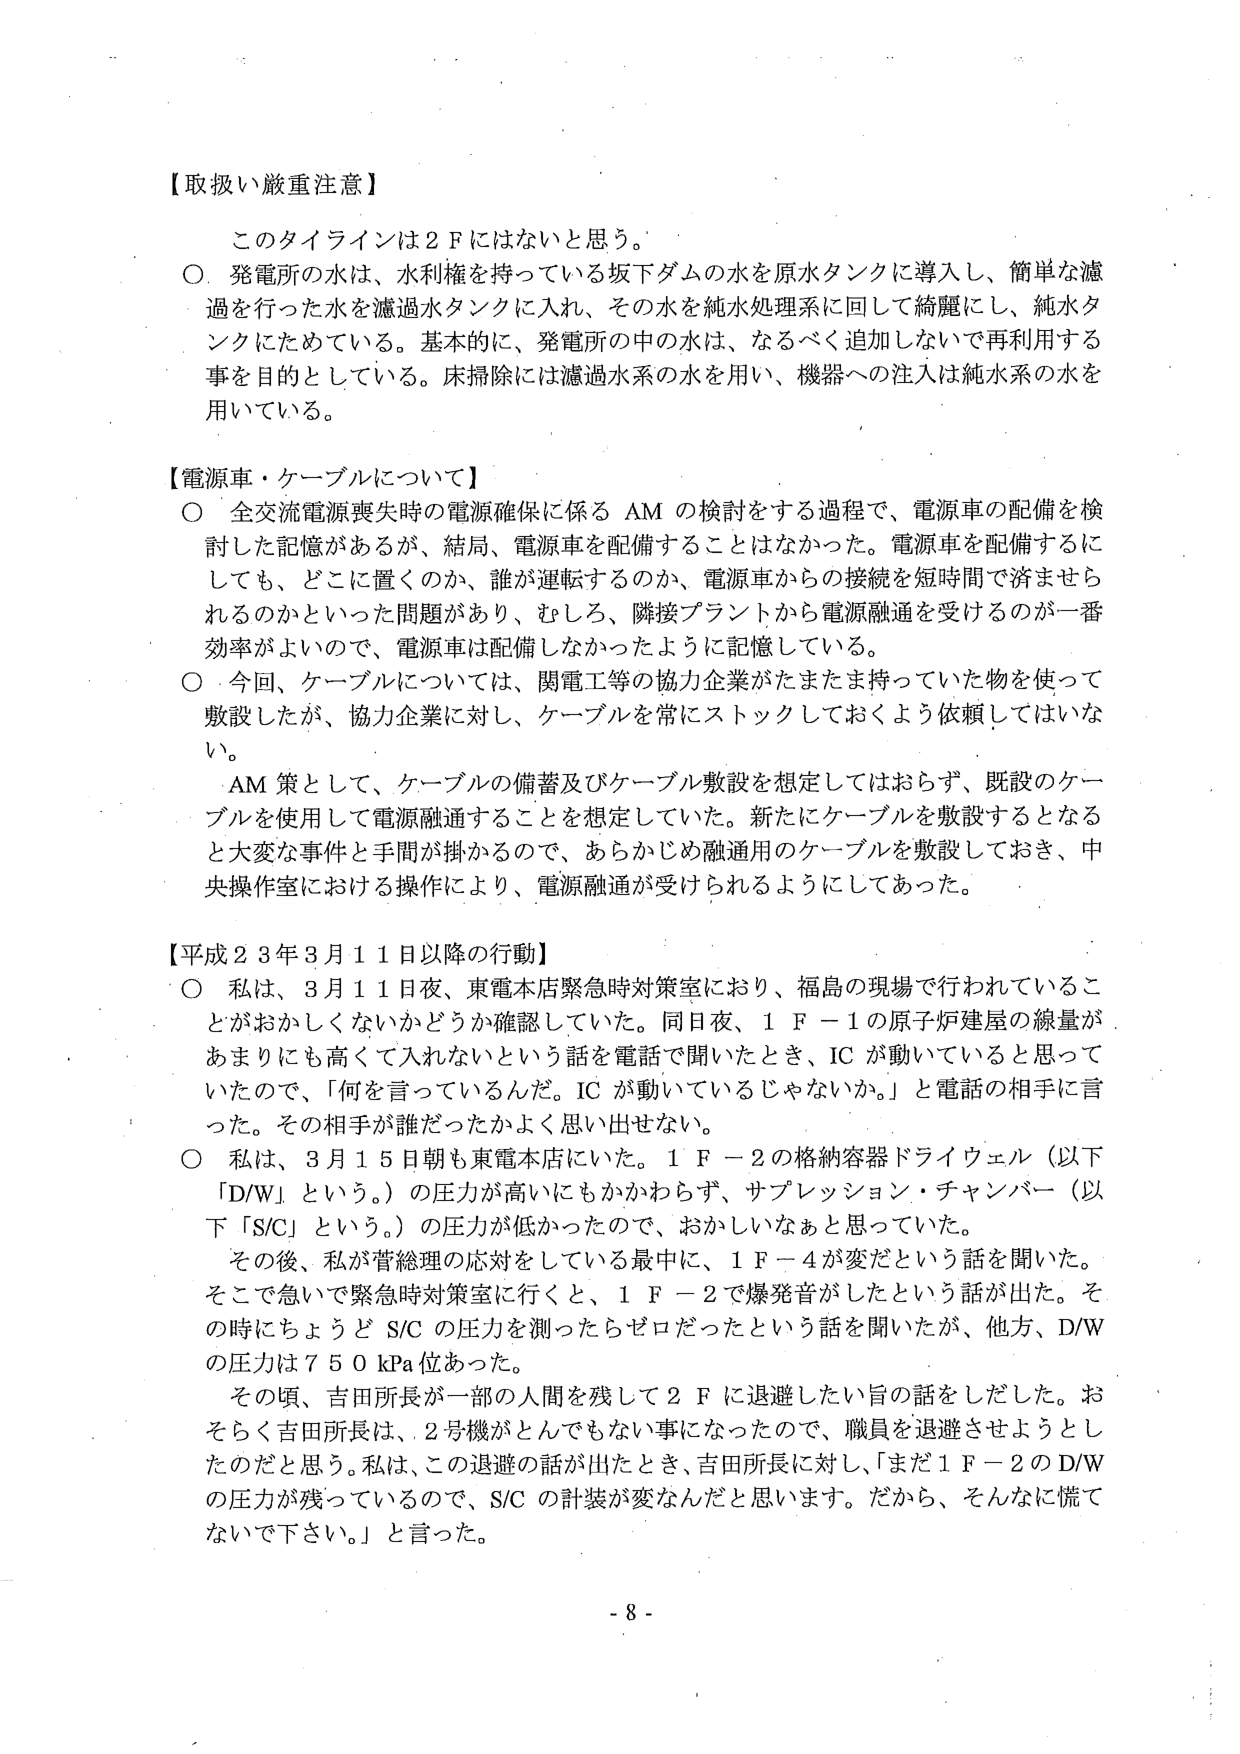
【取扱い厳重注意】

このタイラインは２Ｆにはないと思う。

○ 発電所の水は、水利権を持っている坂下ダムの水を原水タンクに導入し、簡単な濾過を行った水を濾過水タンクに入れ、その水を純水処理系に回して綺麗にし、純水タンクにためている。基本的に、発電所の中の水は、なるべく追加しないで再利用する事を目的としている。床掃除には濾過水系の水を用い、機器への注入は純水系の水を用いている。

【電源車・ケーブルについて】

○ 全交流電源喪失時の電源確保に係る AM の検討をする過程で、電源車の配備を検討した記憶があるが、結局、電源車を配備することはなかった。電源車を配備するにしても、どこに置くのか、誰が運転するのか、電源車からの接続を短時間で済ませられるのかといった問題があり、むしろ、隣接プラントから電源融通を受けるのが一番効率がよいので、電源車は配備しなかったように記憶している。

○ 今回、ケーブルについては、関電工等の協力企業がたまたま持っていた物を使って敷設したが、協力企業に対し、ケーブルを常にストックしておくよう依頼してはいない。

AM 策として、ケーブルの備蓄及びケーブル敷設を想定してはおらず、既設のケーブルを使用して電源融通することを想定していた。新たにケーブルを敷設するとなると大変な事件と手間が掛かるので、あらかじめ融通用のケーブルを敷設しておき、中央操作室における操作により、電源融通が受けられるようにしてあった。

【平成２３年３月１１日以降の行動】

○ 私は、３月１１日夜、東電本店緊急時対策室により、福島の現場で行われていることがおかしくないかどうか確認していた。同日夜、１Ｆ－１の原子炉建屋の線量があまりにも高くて入れないという話を電話で聞いたとき、IC が動いていると思っていたので、「何を言っているんだ。IC が動いているじゃないか。」と電話の相手に言った。その相手が誰だったかよく思い出せない。

○ 私は、３月１５日朝も東電本店にいた。１Ｆ－２の格納容器ドライウェル（以下「D/W」という。）の圧力が高いにもかかわらず、サプレッション・チャンバー（以下「S/C」という。）の圧力が低かったので、おかしいなぁと思っていた。

その後、私が菅総理の応対をしている最中に、１Ｆ－４が変だという話を聞いた。そこで急いで緊急時対策室に行くと、１Ｆ－２で爆発音がしたという話が出た。その時にちょうど S/C の圧力を測ったらゼロだったという話を聞いたが、他方、D/W の圧力は７５０ kPa 位あった。

その頃、吉田所長が一部の人間を残して２Ｆに退避したい旨の話をしだした。おそらく吉田所長は、２号機がとんでもない事になったので、職員を退避させようとしたのだと思う。私は、この退避の話が出たとき、吉田所長に対し、「まだ１Ｆ－２の D/W の圧力が残っているので、S/C の計装が変なんだと思います。だから、そんなに慌てないで下さい。」と言った。

- 8 -